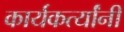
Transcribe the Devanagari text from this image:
कार्यकर्त्यांंनी